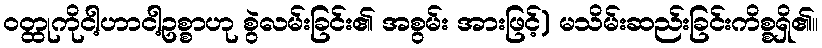
ဝတ္ထုကိုငါ့ဟာငါ့ဥစ္စာဟု စွဲလမ်းခြင်း၏ အစွမ်း အားဖြင့်) မသိမ်းဆည်းခြင်းကိစ္စရှိ၏။